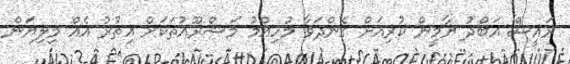
ރައީސް އަބްދު ޔާމީން ކުރިއަށް ގެންދަވާ މުހިއްމު މަޝްރޫއުތަކަށް އިތުރު އެއް މިލިޔަން